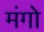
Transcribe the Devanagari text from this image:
मंगो